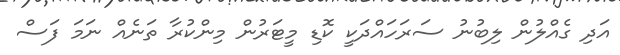
އަދި ގެއްލުން ލިބުނު ސަރަހައްދަކީ ކޮޑި މީޓަރުން މިންކުރާ ތަނެއް ނަމަ ފަސް